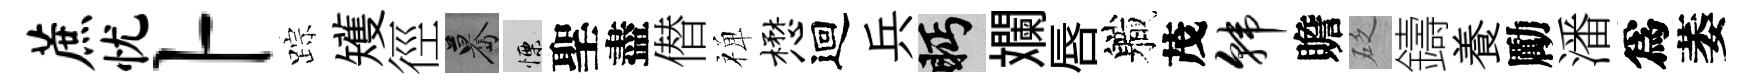
蔗忧卜踪矱徑驀慄聖盡僣禅懋迴兵眄斕唇軄茂韩贍砭鑄養勵潘爲萎